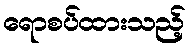
ရောစပ်ထားသည့်